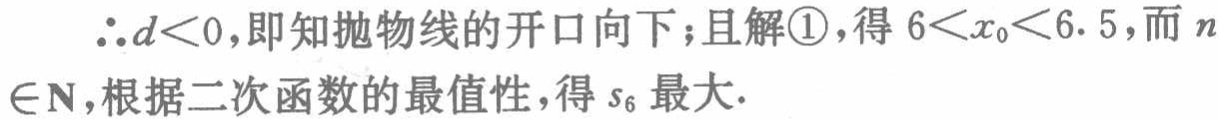
\(\therefore d<0\)，即知抛物线的开口向下；且解\textcircled{1}，得\(6<x_{0}<6.5\)，而\(n\in\mathbf{N}\)，根据二次函数的最值性，得\(s_{6}\)最大.